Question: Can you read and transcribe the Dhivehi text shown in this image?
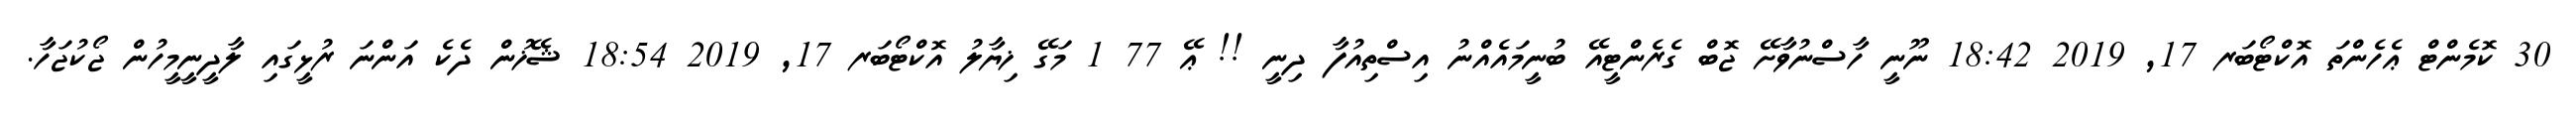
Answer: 30 ކޮމެންޓް ޢެހެންތަ އޮކްޓޯބަރ 17, 2019 18:42 ނޫނީ ހާސްނުވާށޭ ޖޮބް ގެރެންޓީއޭ ބުނީމައެއްނު އިސްތިއުފާ ދިނީ !! ޢޭ 77 1 މަގޭ ޚިޔާލު އޮކްޓޯބަރ 17, 2019 18:54 ޝޭޚުން ދެކެ އަންނަ ރުޅީގައި ލާދީނީމީހުން ޖޯކުޖަހާ.